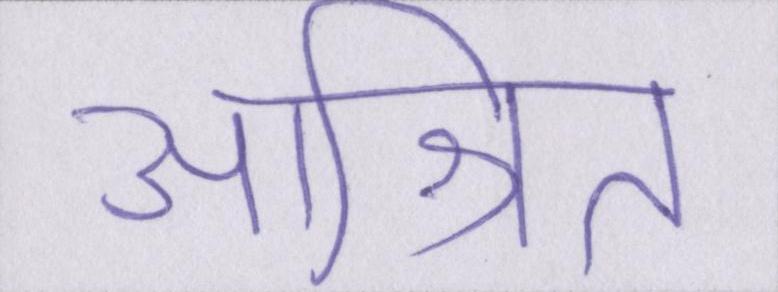
आश्रित